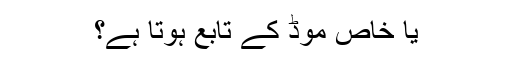
یا خاص موڈ کے تابع ہوتا ہے؟